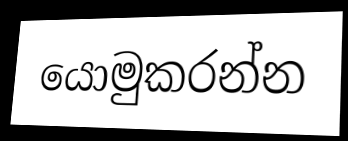
යොමුකරන්න